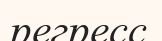
регресс